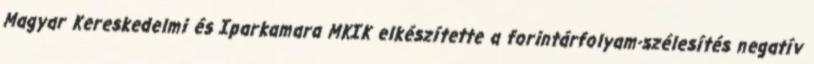
Magyar Kereskedelmi és Iparkamara MKIK elkészítette a forintárfolyam-szélesítés negatív